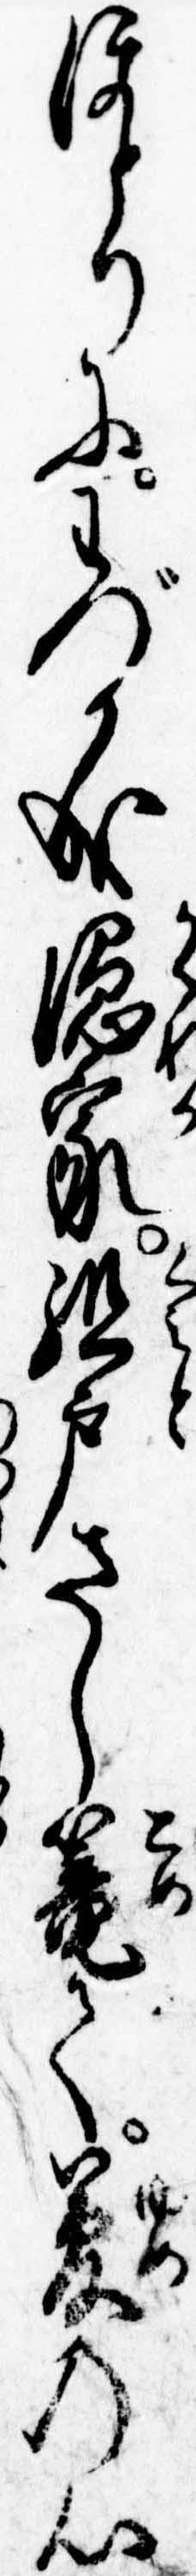
ほとりにわづか成隠家組戸さし篭て夢の心